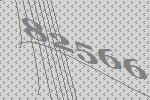
82566